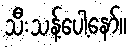
သီးသန့်ပေါ့နော်။